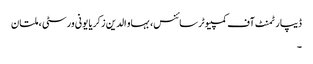
ڈیپارٹمنٹ آف کمپیوٹر سائنس، بہاو الدین زکریا یونی ورسٹی ، ملتان
۔